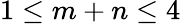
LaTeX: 1\leq m+n\leq 4